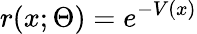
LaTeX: r(x;\Theta)=e^{-V(x)}